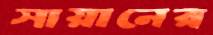
সায়ানের